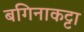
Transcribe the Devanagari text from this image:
बगिनाकट्टा